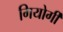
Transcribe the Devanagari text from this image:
गियोर्गी